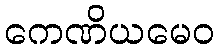
ကေဏိယမေဝ